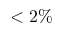
< 2 \%